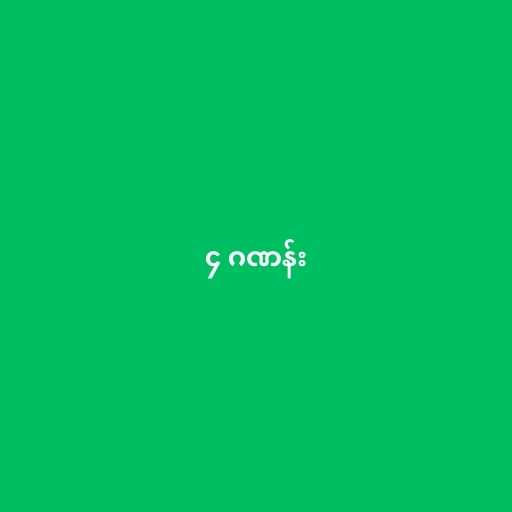
၄ ဂဏန်း